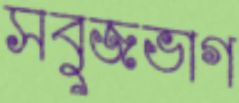
সবুজভাগ